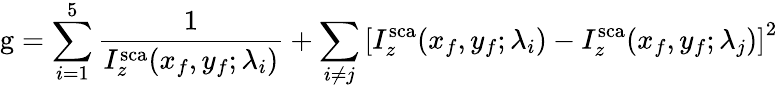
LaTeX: \mathrm{g}=\sum_{i=1}^{5}\frac{1}{I_{z}^{\mathrm{sca}}(x_{f},y_{f};\lambda_{i})}+\sum_{i\ne j}\left[I_{z}^{\mathrm{sca}}(x_{f},y_{f};\lambda_{i})-I_{z}^{\mathrm{sca}}(x_{f},y_{f};\lambda_{j})\right]^{2}